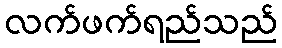
လက်ဖက်ရည်သည်